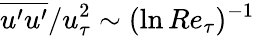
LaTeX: {\overline{{u^{\prime}u^{\prime}}}}/u_{\tau}^{2}\sim(\ln Re_{\tau})^{-1}